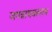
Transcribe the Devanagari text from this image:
जगन्नाथवल्लभ